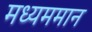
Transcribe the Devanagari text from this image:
मध्यममान